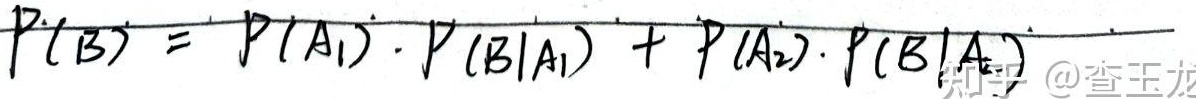
\(P(B)=P(A_1)\cdot P(B|A_1)+P(A_2)\cdot P(B|A_2)\) 知乎@查玉龙